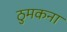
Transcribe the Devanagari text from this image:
ठुमकना